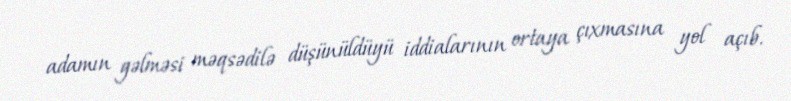
adamın gəlməsi məqsədilə düşünüldüyü iddialarının ortaya çıxmasına yol açıb.